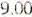
9.00